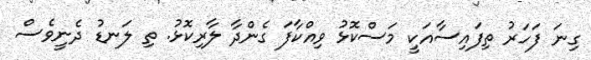
ގިނަ ފަހަރު ތިފައިސާއަކީ މަސްކޮޅު ވިއްކާފަ ގެންދާ ލާރިކޮޅު. ތި ލަނޑު ދެނީވެސް